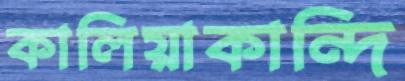
কালিয়াকান্দি